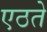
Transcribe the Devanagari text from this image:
एठते